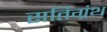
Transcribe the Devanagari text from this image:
सतिग्रंथ